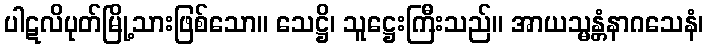
ပါဋလိပုတ်မြို့သားဖြစ်သော။ သေဋ္ဌိ၊ သူဋ္ဌေးကြီးသည်။ အာယသ္မန္တံနာဂသေနံ၊